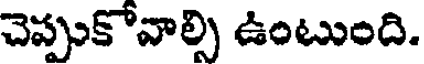
చెప్పుకోవాల్సి ఉంటుంది.